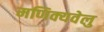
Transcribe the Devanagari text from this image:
मणिक्यवेलु